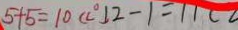
5 + 5 = 1 0 ( c ^ { \circ } ) 1 2 - 1 = 1 1 ( 2